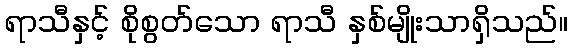
ရာသီနှင့် စိုစွတ်သော ရာသီ နှစ်မျိုးသာရှိသည်။